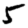
Digit: 5